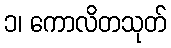
၁၊ ကောလိတသုတ်